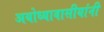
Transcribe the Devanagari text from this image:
अयोध्यावासीयांनी